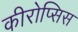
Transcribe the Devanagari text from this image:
कीरोप्सिस